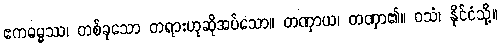
ဧကဓမ္မဿ၊ တစ်ခုသော တရားဟုဆိုအပ်သော။ တဏှာယ၊ တဏှာ၏။ ဝသံ၊ နိုင်ငံသို့။